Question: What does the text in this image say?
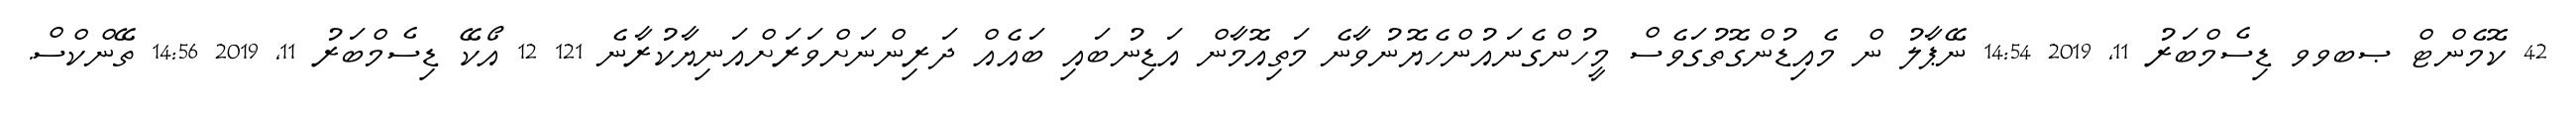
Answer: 42 ކޮމެންޓް ޞބވވ ޑިސެމްބަރު 11, 2019 14:54 ނޭޕާލު ން މެއިޑުންގޮތުގަވެސް މީހުންގެނައުންހެޔޮނުވާނެ މަތިއޮމާން އަޑިނުބައި ބައެއް ދަރިންނަށްވަރަށްއަނިޔާކުރާނެ 121 12 އޯކޭ ޑިސެމްބަރު 11, 2019 14:56 ތޭންކްސް.